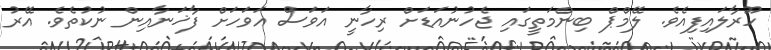
ހޫރާލައިފިއެވެ. ލޭމްޕް ބިންމަތީގައި ޖެހުނުއަޑަށް ރިހާނީ އަަވަސް އަވަހަށް ފާޚަނާއިން ނުކުތެވެ. އޭރު